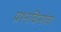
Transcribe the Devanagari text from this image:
प्रश्‍नचिन्हांचा